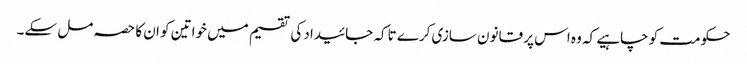
حکومت کو چاہیے کہ وہ اس پر قانون سازی کرے تاکہ جائیداد کی تقسیم میں خواتین کو ان کا حصہ مل سکے۔